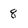
Character: 8